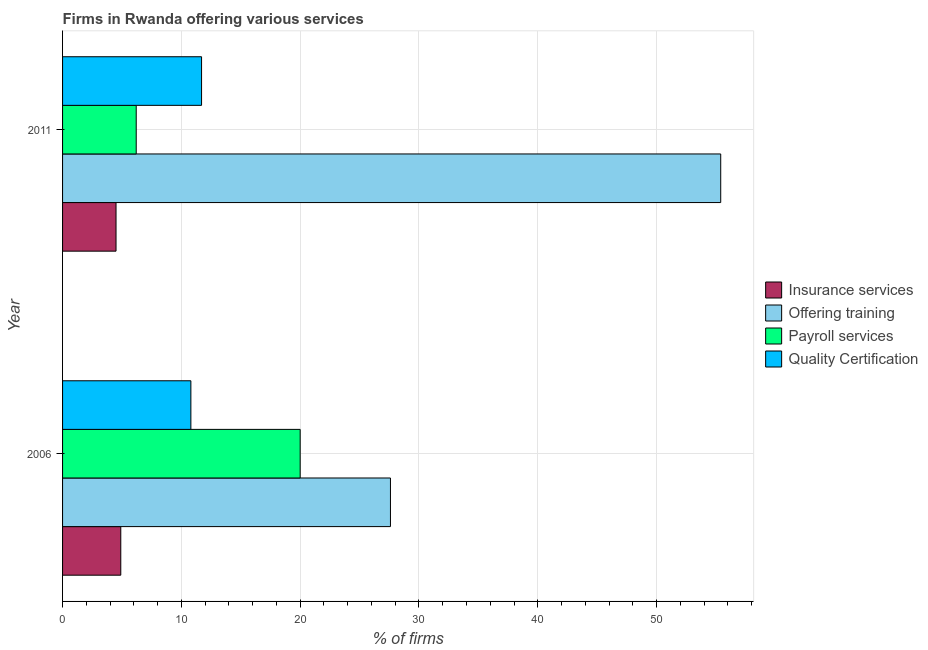
| Year | Insurance services | Offering training | Payroll services | Quality Certification |
 | --- | --- | --- | --- | --- |
 | 2006 | 4.9 | 27.6 | 20 | 10.8 |
 | 2011 | 4.5 | 55.4 | 6.2 | 11.7 |